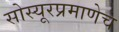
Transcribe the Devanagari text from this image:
सोस्यूरप्रमाणेच